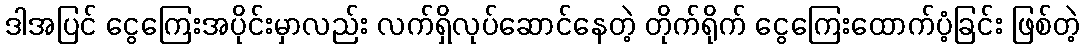
ဒါအပြင် ငွေကြေးအပိုင်းမှာလည်း လက်ရှိလုပ်ဆောင်နေတဲ့ တိုက်ရိုက် ငွေကြေးထောက်ပံ့ခြင်း ဖြစ်တဲ့